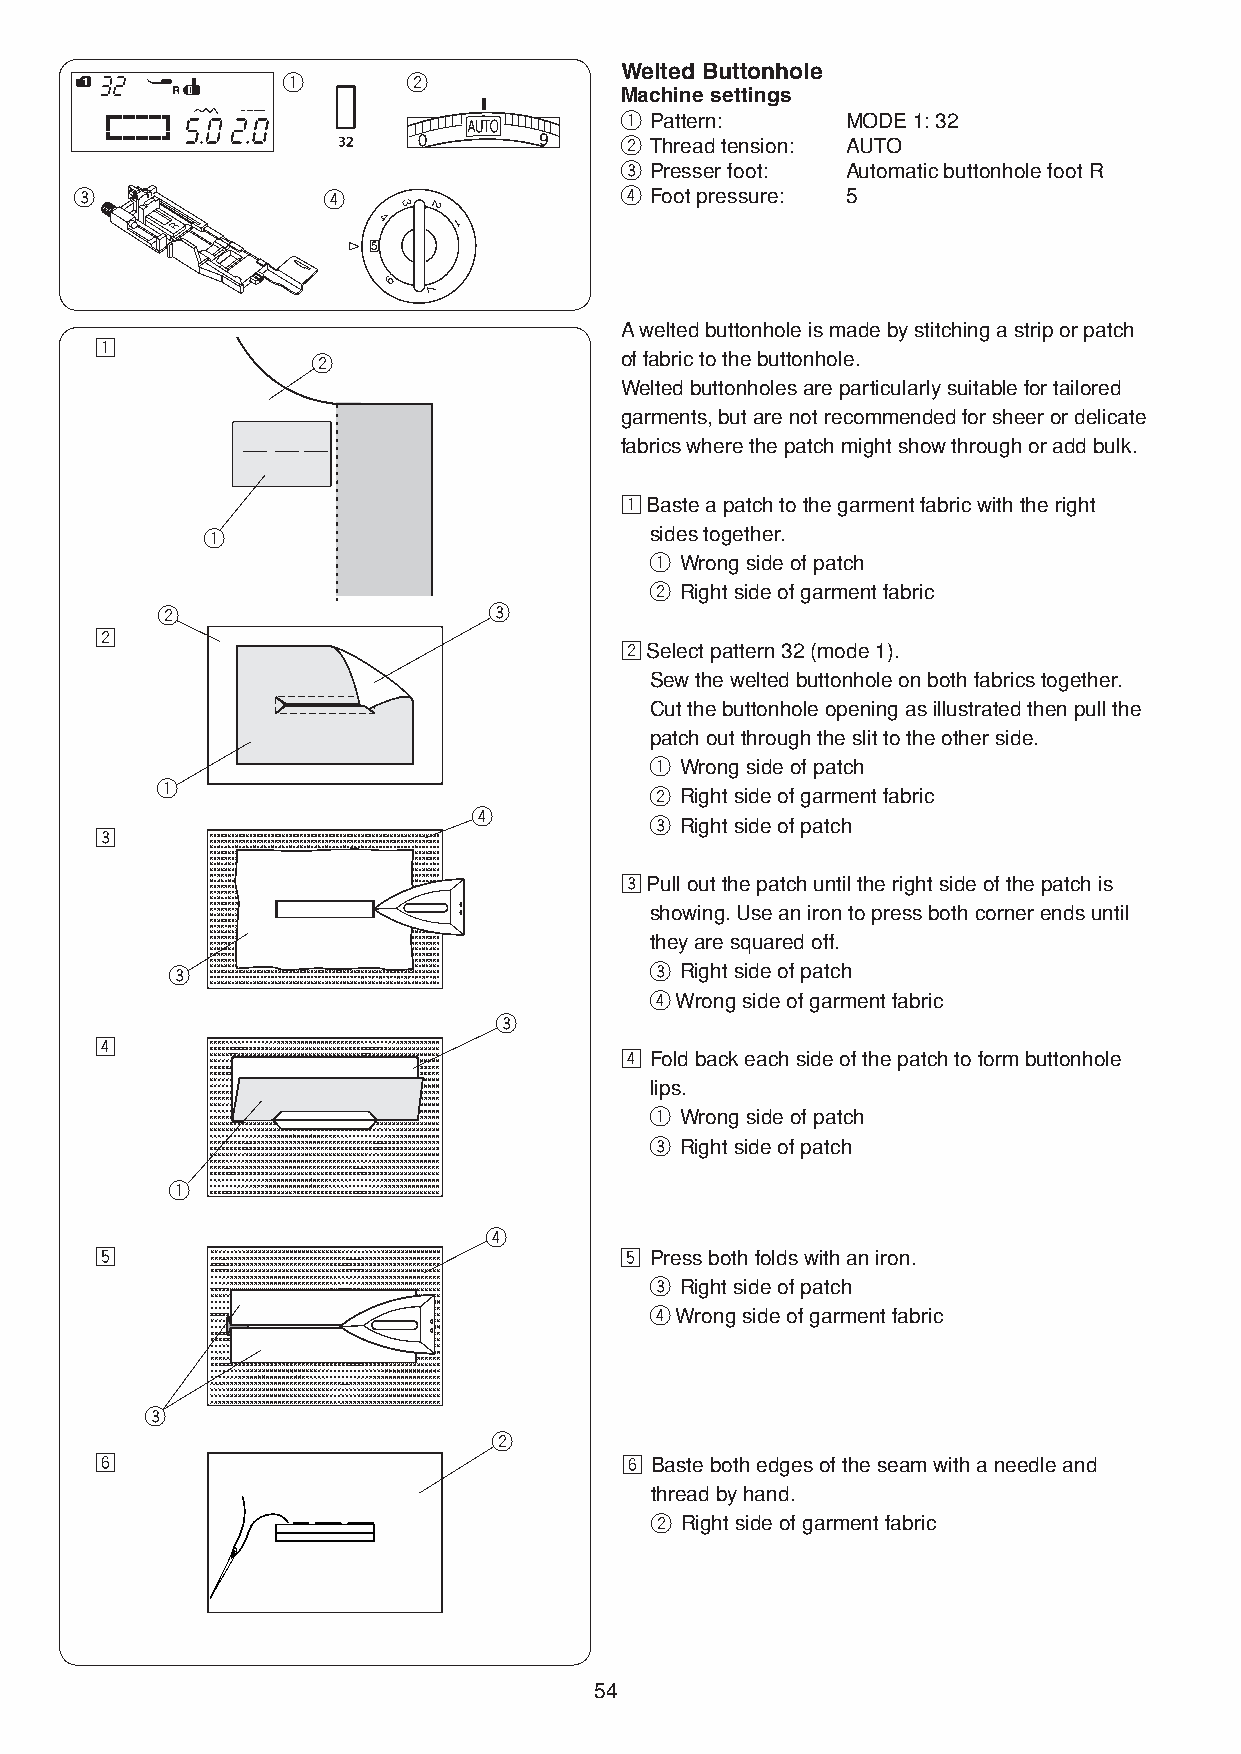
Welted Buttonhole
 q       w
 Machine settings
 q Pattern:     MODE 1: 32
 w Thread tension: AUTO
 e Presser foot: Automatic buttonhole foot R
 e               r                   r Foot pressure: 5
 A welted buttonhole is made by stitching a strip or patch
 z
 w                   of fabric to the buttonhole.
 Welted buttonholes are particularly suitable for tailored
 garments, but are not recommended for sheer or delicate
 fabrics where the patch might show through or add bulk.
 z Baste a patch to the garment fabric with the right
 q                             sides together.
 q Wrong side of patch
 w Right side of garment fabric
 w                     e
 x
 x Select pattern 32 (mode 1).
 Sew the welted buttonhole on both fabrics together.
 Cut the buttonhole opening as illustrated then pull the
 patch out through the slit to the other side.
 q Wrong side of patch
 q
 w Right side of garment fabric
 r
 e Right side of patch
 c
 c Pull out the patch until the right side of the patch is
 showing. Use an iron to press both corner ends until
 they are squared off.
 e                               e Right side of patch
 r Wrong side of garment fabric
 e
 v
 v Fold back each side of the patch to form buttonhole
 lips.
 q Wrong side of patch
 e Right side of patch
 q
 r
 b                                  b Press both folds with an iron.
 e Right side of patch
 r Wrong side of garment fabric
 e
 w
 n                                  n Baste both edges of the seam with a needle and
 thread by hand.
 w Right side of garment fabric
 54